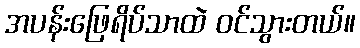
အပန်းဖြေရိပ်သာထဲ ဝင်သွားတယ်။